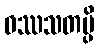
ဝဿသတမ္ပိ